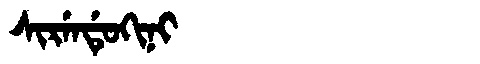
Manchu: ᠰᡳᡵᡝᠨᡩᡠᡴᡳᠨᡳ
Romanization: SIRENDUKINI